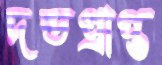
দন্ডপ্রাপ্ত